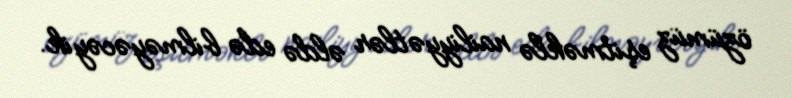
özümüz eşitməklə nailiyyətlər əldə edə bilməyəcəyik.